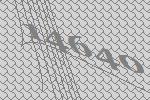
14640